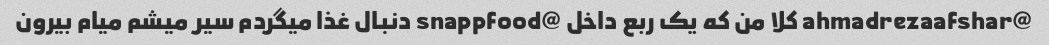
@ahmadrezaafshar کلا من که یک ربع داخل @snappfood دنبال غذا میگردم سیر میشم میام بیرون